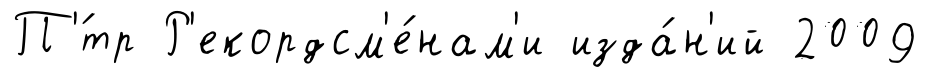
П'́тр Р'екордсм'е́нам'и изда́н'ий 2009